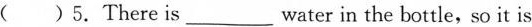
( )5.There is__water in the bottle, so it is